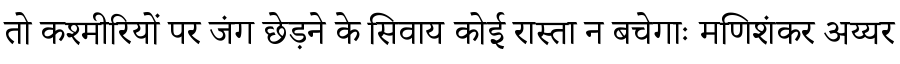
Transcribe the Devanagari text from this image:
तो कश्मीरियों पर जंग छेड़ने के सिवाय कोई रास्ता न बचेगाः मणिशंकर अय्यर